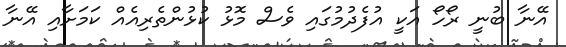
އޭނާ ބުނީ ރޯހޯ އަކީ އުފެދުމުގައި ވެސް މޮޅު ކުޅުންތެރިއެއް ކަމަށާއި އޭނާ